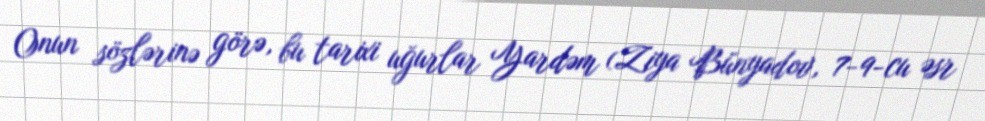
Onun sözlərinə görə, bu tarixi uğurlar Yardəm (Ziya Bünyadov, 7-9-cu əsr